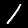
Label: 1